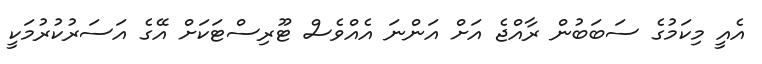
އެއީ މިކަމުގެ ސަބަބުން ރާއްޖެ އަށް އަންނަ އެއްވެސް ޓޫރިސްޓަކަށް އޭގެ އަސަރުކުރުމަކީ